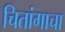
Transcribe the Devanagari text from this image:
चितांगाचा